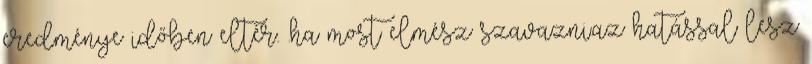
eredménye időben eltér. .ha most elmész szavazni.az hatással lesz